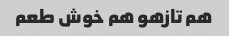
هم تازهو هم خوش طعم